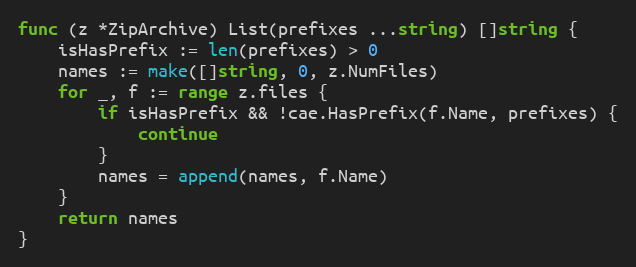
Language: Go
func (z *ZipArchive) List(prefixes ...string) []string {
	isHasPrefix := len(prefixes) > 0
	names := make([]string, 0, z.NumFiles)
	for _, f := range z.files {
		if isHasPrefix && !cae.HasPrefix(f.Name, prefixes) {
			continue
		}
		names = append(names, f.Name)
	}
	return names
}